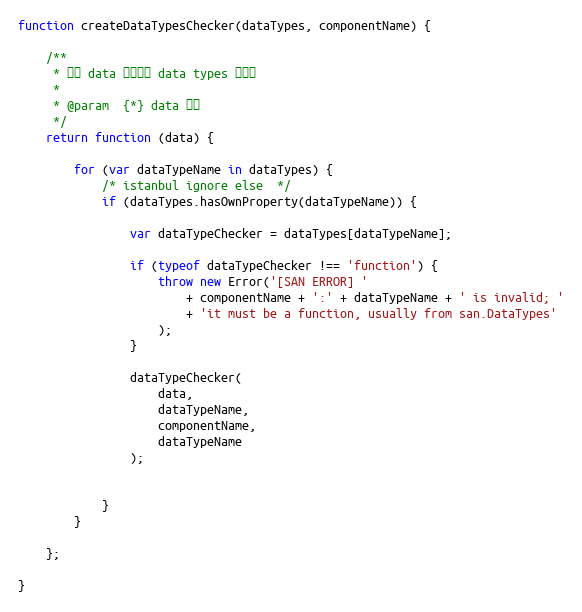
Language: JavaScript
function createDataTypesChecker(dataTypes, componentName) {

    /**
     * 校验 data 是否满足 data types 的格式
     *
     * @param  {*} data 数据
     */
    return function (data) {

        for (var dataTypeName in dataTypes) {
            /* istanbul ignore else  */
            if (dataTypes.hasOwnProperty(dataTypeName)) {

                var dataTypeChecker = dataTypes[dataTypeName];

                if (typeof dataTypeChecker !== 'function') {
                    throw new Error('[SAN ERROR] '
                        + componentName + ':' + dataTypeName + ' is invalid; '
                        + 'it must be a function, usually from san.DataTypes'
                    );
                }

                dataTypeChecker(
                    data,
                    dataTypeName,
                    componentName,
                    dataTypeName
                );

            }
        }

    };

}